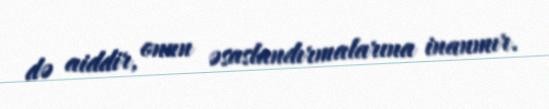
də aiddir, onun əsaslandırmalarına inanmır.